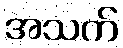
အသက်